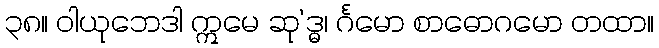
၃၈။ ဝါယုဘေဒါ ဣမေ ဆု’ဒ္ဓ၊ င်္ဂမော စာဓောဂမော တထာ။